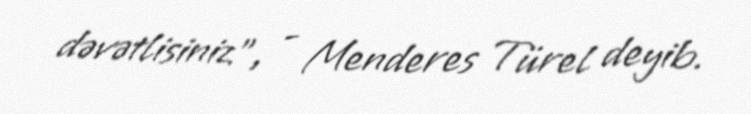
dəvətlisiniz”, - Menderes Türel deyib.